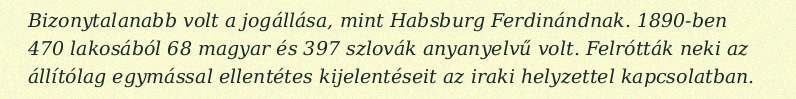
Bizonytalanabb volt a jogállása, mint Habsburg Ferdinándnak. 1890-ben 470 lakosából 68 magyar és 397 szlovák anyanyelvű volt. Felrótták neki az állítólag egymással ellentétes kijelentéseit az iraki helyzettel kapcsolatban.